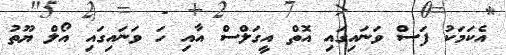
އެކަމަކު ފަސް ވަނައިގައި އޮތް އީގަލްސް އާއި ހަ ވަނައިގައިި އޯލް ޔޫތު